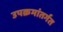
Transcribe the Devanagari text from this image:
उपक्रमांतर्गत